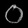
Digit: ၀